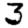
Digit: 3